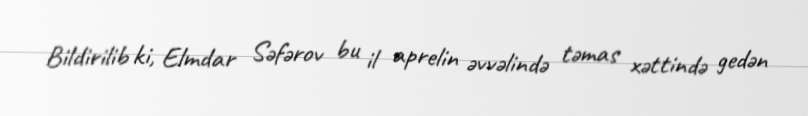
Bildirilib ki, Elmdar Səfərov bu il aprelin əvvəlində təmas xəttində gedən